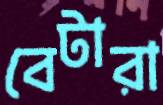
বেটারা